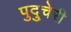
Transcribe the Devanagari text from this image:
पुदु्चेरी